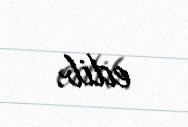
edib.